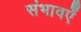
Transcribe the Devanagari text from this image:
संभावएँ